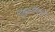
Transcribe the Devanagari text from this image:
लिया।चौहान